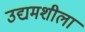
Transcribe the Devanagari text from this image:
उद्यमशीला